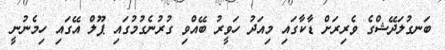
ބަނގުލަދޭޝްގެ ވެރިރަށް ޑާކާގައި މިއަދު ހަވީރު ބޭއްވި ގުރުނެގުމުގައި ޕޫލް އޭގައި ހިމެނުނީ